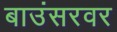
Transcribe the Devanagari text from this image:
बाउंसरवर